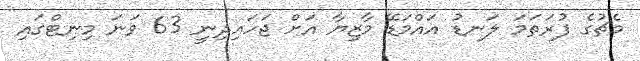
މެޗުގެ ފުރަތަމަ ލަނޑު އައްމަޑޭ މާޒިޔާ އަށް ޖަހައިދިނީ 63 ވަނަ މިނިޓްގައި